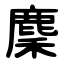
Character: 麇